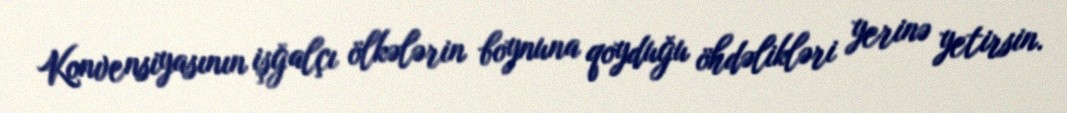
Konvensiyasının işğalçı ölkələrin boynuna qoyduğu öhdəlikləri yerinə yetirsin.